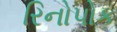
રિનોપોક